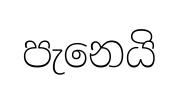
පැනෙයි